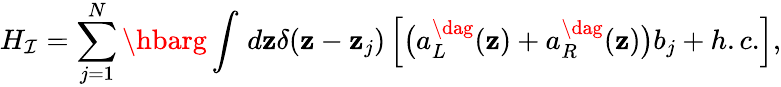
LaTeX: {H_{\mathcal{I}}}=\sum_{j=1}^{N}{\hbarg\int_{}^{}{d\mathbf{z}\delta(\mathbf{z}-{\mathbf{z}_{j}})\left[{\big({a_{L}^{\dag}(\mathbf{z})+a_{R}^{\dag}(\mathbf{z})}\big){b_{j}}+h.c.}\right]}},